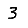
Digit: 3